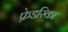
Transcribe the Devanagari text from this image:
फ्रेडरिका